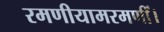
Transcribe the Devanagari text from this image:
रमणीयामरमणीं।